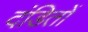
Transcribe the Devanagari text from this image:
दंडितों